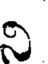
ని